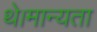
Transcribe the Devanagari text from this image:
थे।मान्यता